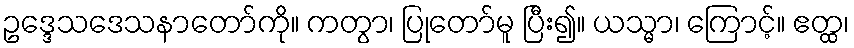
ဥဒ္ဒေသဒေသနာတော်ကို။ ကတွာ၊ ပြုတော်မူ ပြီး၍။ ယသ္မာ၊ ကြောင့်။ ဧတ္ထ၊